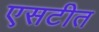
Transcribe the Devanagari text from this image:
एसटीत